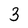
Character: 3